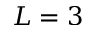
L = 3